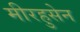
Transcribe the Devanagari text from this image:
मीरहुसेन